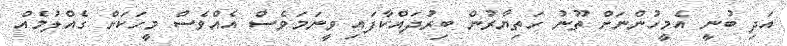
އަދި ބުނީ އެމީހުންނަށް ތޫނު ހަތިޔާރުން ބިރުދައްކާފައި ވީނަމަވެސް އެއްވެސް މީހަކަށް ގެއްލުމެއް